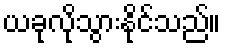
ယခုလိုသွားနိုင်သည်။